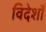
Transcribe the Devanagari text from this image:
विदेशोँ